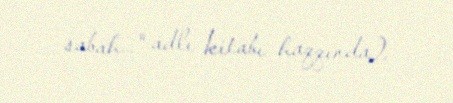
sabah…" adlı kitabı haqqında).